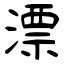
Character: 漂